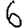
Digit: 6